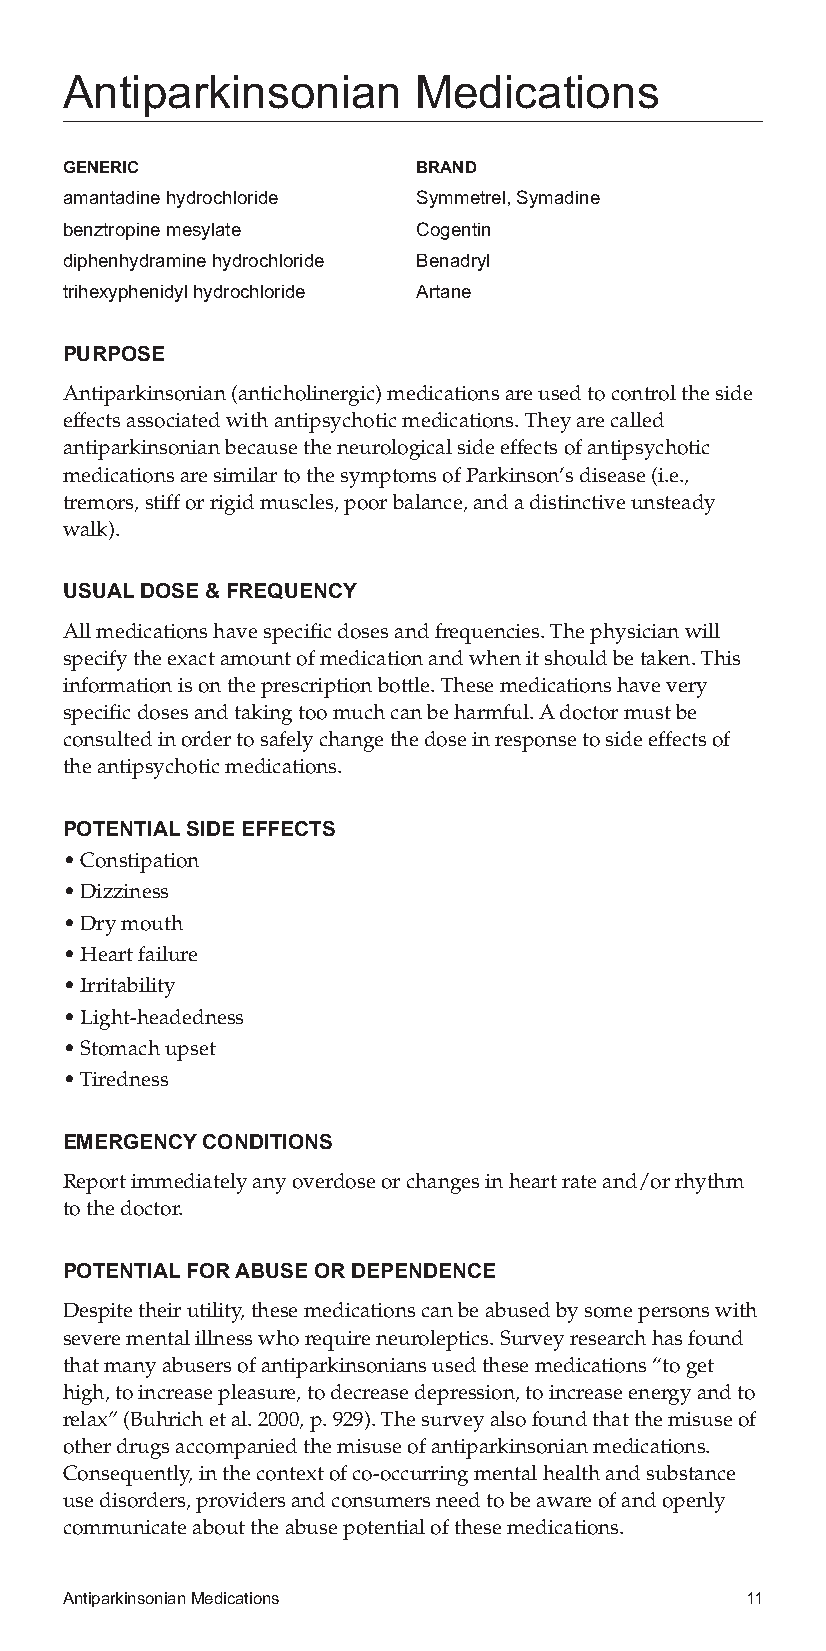
Antiparkinsonian       Medications
 GENERIC                 BRAND
 amantadinehydrochloride Symmetrel,Symadine
 benztropinemesylate     Cogentin
 diphenhydraminehydrochloride Benadryl
 trihexyphenidylhydrochloride Artane
 PURPOSE
 Antiparkinsonian(anticholinergic)medicationsareusedtocontroltheside
 effectsassociatedwithantipsychoticmedications.Theyarecalled
 antiparkinsonianbecausetheneurologicalsideeffectsofantipsychotic
 medicationsaresimilartothesymptomsofParkinson’sdisease(i.e.,
 tremors,stifforrigidmuscles,poorbalance,andadistinctiveunsteady
 walk).
 USUALDOSE&FREQUENCY
 Allmedicationshavespecificdosesandfrequencies.Thephysicianwill
 specifytheexactamountofmedicationandwhenitshouldbetaken.This
 informationisontheprescriptionbottle.Thesemedicationshavevery
 specificdosesandtakingtoomuchcanbeharmful.Adoctormustbe
 consultedinordertosafelychangethedoseinresponsetosideeffectsof
 theantipsychoticmedications.
 POTENTIALSIDEEFFECTS
 •Constipation
 •Dizziness
 •Drymouth
 •Heartfailure
 •Irritability
 •Light-headedness
 •Stomachupset
 •Tiredness
 EMERGENCYCONDITIONS
 Reportimmediatelyanyoverdoseorchangesinheartrateand/orrhythm
 tothedoctor.
 POTENTIALFORABUSEORDEPENDENCE
 Despitetheirutility,thesemedicationscanbeabusedbysomepersonswith
 severementalillnesswhorequireneuroleptics.Surveyresearchhasfound
 thatmanyabusersofantiparkinsoniansusedthesemedications“toget
 high,toincreasepleasure,todecreasedepression,toincreaseenergyandto
 relax”(Buhrichetal.2000,p.929).Thesurveyalsofoundthatthemisuseof
 otherdrugsaccompaniedthemisuseofantiparkinsonianmedications.
 Consequently,inthecontextofco-occurringmentalhealthandsubstance
 usedisorders,providersandconsumersneedtobeawareofandopenly
 communicateabouttheabusepotentialofthesemedications.
 AntiparkinsonianMedications                  11